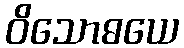
ဝိသောဓယေ